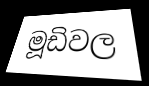
මූඩිවල